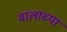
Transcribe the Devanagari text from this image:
वालाच्या